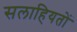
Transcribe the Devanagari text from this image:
सलाहियतों